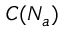
C ( N _ { a } )